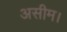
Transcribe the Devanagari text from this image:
असीम।